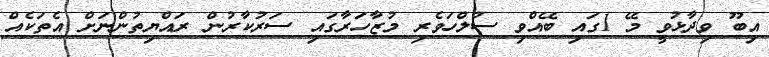
އިބޫ ވިދާޅުވީ މޭ 1ގައި ބޭއްވި ސުލްހަވެރި މުޒާހަރާގައި ސަރުކާރުން ރައްޔިތުންނަށް އެތަކެއް